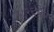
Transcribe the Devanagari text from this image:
१८२६च्या